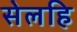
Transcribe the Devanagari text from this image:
सेलहि